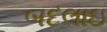
બદલાઇ